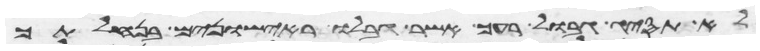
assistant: לא תסיג גבול רעך אשר גבלו ראישונים בנחלתך